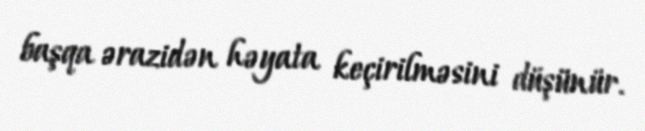
başqa ərazidən həyata keçirilməsini düşünür.